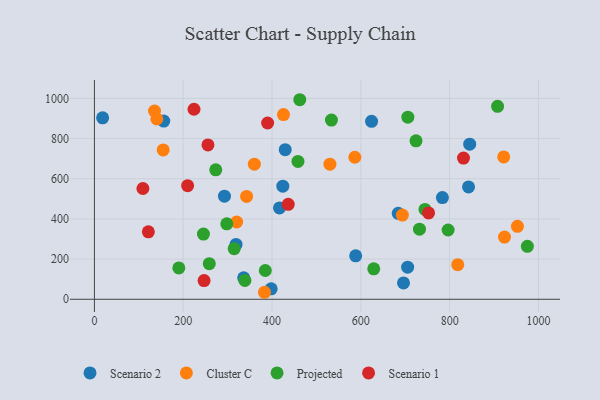
{"axis": {"x": "Speed", "y": "Fuel Efficiency"}, "legend": ["Cluster C", "Projected", "Scenario 1", "Scenario 2"], "data": [{"x": "416.8", "y": 454.7, "type": "Scenario 2"}, {"x": "156.2", "y": 886.9, "type": "Scenario 2"}, {"x": "845.2", "y": 771.9, "type": "Scenario 2"}, {"x": "424.3", "y": 562.9, "type": "Scenario 2"}, {"x": "696.1", "y": 81.4, "type": "Scenario 2"}, {"x": "624.2", "y": 885.8, "type": "Scenario 2"}, {"x": "684.2", "y": 427.7, "type": "Scenario 2"}, {"x": "429.7", "y": 744.7, "type": "Scenario 2"}, {"x": "705.4", "y": 159.8, "type": "Scenario 2"}, {"x": "588.4", "y": 216.4, "type": "Scenario 2"}, {"x": "842.6", "y": 559.1, "type": "Scenario 2"}, {"x": "398.1", "y": 52.0, "type": "Scenario 2"}, {"x": "319.0", "y": 272.8, "type": "Scenario 2"}, {"x": "783.7", "y": 506.0, "type": "Scenario 2"}, {"x": "292.9", "y": 513.2, "type": "Scenario 2"}, {"x": "336.2", "y": 106.9, "type": "Scenario 2"}, {"x": "18.5", "y": 903.2, "type": "Scenario 2"}, {"x": "383.0", "y": 34.8, "type": "Cluster C"}, {"x": "320.3", "y": 384.6, "type": "Cluster C"}, {"x": "425.8", "y": 919.2, "type": "Cluster C"}, {"x": "154.9", "y": 743.5, "type": "Cluster C"}, {"x": "923.6", "y": 309.8, "type": "Cluster C"}, {"x": "360.2", "y": 672.3, "type": "Cluster C"}, {"x": "921.8", "y": 708.6, "type": "Cluster C"}, {"x": "140.6", "y": 897.7, "type": "Cluster C"}, {"x": "818.3", "y": 172.1, "type": "Cluster C"}, {"x": "135.3", "y": 937.1, "type": "Cluster C"}, {"x": "952.7", "y": 363.2, "type": "Cluster C"}, {"x": "693.6", "y": 419.1, "type": "Cluster C"}, {"x": "586.5", "y": 706.9, "type": "Cluster C"}, {"x": "530.4", "y": 672.7, "type": "Cluster C"}, {"x": "342.7", "y": 512.0, "type": "Cluster C"}, {"x": "298.1", "y": 375.5, "type": "Projected"}, {"x": "533.8", "y": 892.1, "type": "Projected"}, {"x": "462.5", "y": 993.3, "type": "Projected"}, {"x": "724.3", "y": 788.8, "type": "Projected"}, {"x": "732.1", "y": 348.8, "type": "Projected"}, {"x": "975.1", "y": 263.6, "type": "Projected"}, {"x": "458.4", "y": 686.4, "type": "Projected"}, {"x": "796.6", "y": 344.7, "type": "Projected"}, {"x": "384.9", "y": 143.2, "type": "Projected"}, {"x": "314.8", "y": 251.6, "type": "Projected"}, {"x": "273.3", "y": 644.3, "type": "Projected"}, {"x": "190.1", "y": 156.0, "type": "Projected"}, {"x": "245.6", "y": 324.4, "type": "Projected"}, {"x": "705.9", "y": 906.5, "type": "Projected"}, {"x": "258.7", "y": 177.3, "type": "Projected"}, {"x": "744.5", "y": 447.4, "type": "Projected"}, {"x": "908.0", "y": 960.6, "type": "Projected"}, {"x": "338.9", "y": 93.9, "type": "Projected"}, {"x": "629.1", "y": 151.5, "type": "Projected"}, {"x": "209.9", "y": 565.2, "type": "Scenario 1"}, {"x": "224.3", "y": 945.8, "type": "Scenario 1"}, {"x": "831.2", "y": 702.7, "type": "Scenario 1"}, {"x": "109.2", "y": 551.5, "type": "Scenario 1"}, {"x": "255.7", "y": 768.3, "type": "Scenario 1"}, {"x": "390.1", "y": 877.5, "type": "Scenario 1"}, {"x": "752.6", "y": 429.7, "type": "Scenario 1"}, {"x": "121.5", "y": 335.9, "type": "Scenario 1"}, {"x": "247.0", "y": 93.1, "type": "Scenario 1"}, {"x": "436.5", "y": 472.4, "type": "Scenario 1"}]}